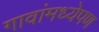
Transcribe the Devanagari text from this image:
गावांमध्येपण